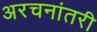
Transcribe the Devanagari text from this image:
अरचनांतरी